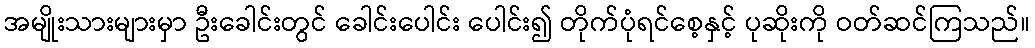
အမျိုးသားများမှာ ဦးခေါင်းတွင် ခေါင်းပေါင်း ပေါင်း၍ တိုက်ပုံရင်စေ့နှင့် ပုဆိုးကို ဝတ်ဆင်ကြသည်။